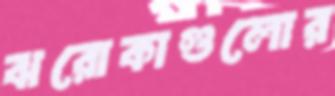
ঝরোকাগুলোর